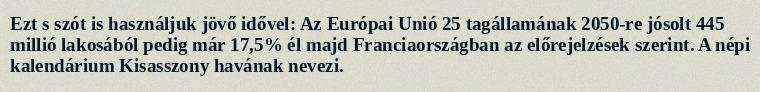
Ezt s szót is használjuk jövő idővel: Az Európai Unió 25 tagállamának 2050-re jósolt 445 millió lakosából pedig már 17,5% él majd Franciaországban az előrejelzések szerint. A népi kalendárium Kisasszony havának nevezi.